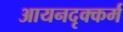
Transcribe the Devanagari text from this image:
आयनदृक्कर्म